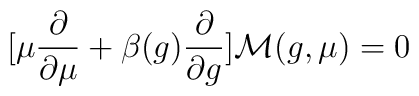
[\mu{\partial\over\partial\mu} +\beta(g){\partial\over\partial g}]{\cal M}(g,\mu) = 0